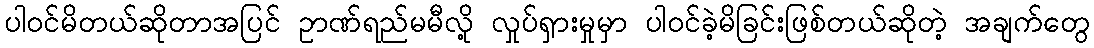
ပါဝင်မိတယ်ဆိုတာအပြင် ဥာဏ်ရည်မမီလို့ လှုပ်ရှားမှုမှာ ပါဝင်ခဲ့မိခြင်းဖြစ်တယ်ဆိုတဲ့ အချက်တွေ